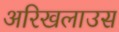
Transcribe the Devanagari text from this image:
अरिखलाउस